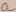
Text: a